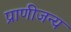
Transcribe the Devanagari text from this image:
प्राणीजन्य